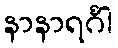
နာနာရင်္ဂါ